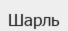
Шарль